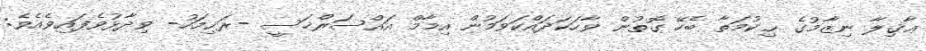
ޢާޤިލާ ނިޒާމުގެ ޙިކުމަތާ ބެހޭ ގޮތުން ވާހަކަދައްކަވަމުން އިމާމް އައްސަރްޚަސީ -ރަޙިމަހު- ވިދާޅުވެފައިވެއެވެ: